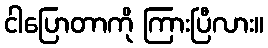
ငါပြောတာကို ကြားပြီလား။